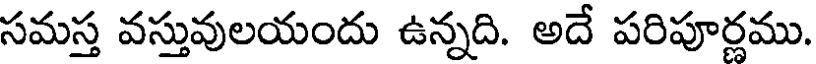
సమస్త వస్తువులయందు ఉన్నది. అదే పరిపూర్ణము.